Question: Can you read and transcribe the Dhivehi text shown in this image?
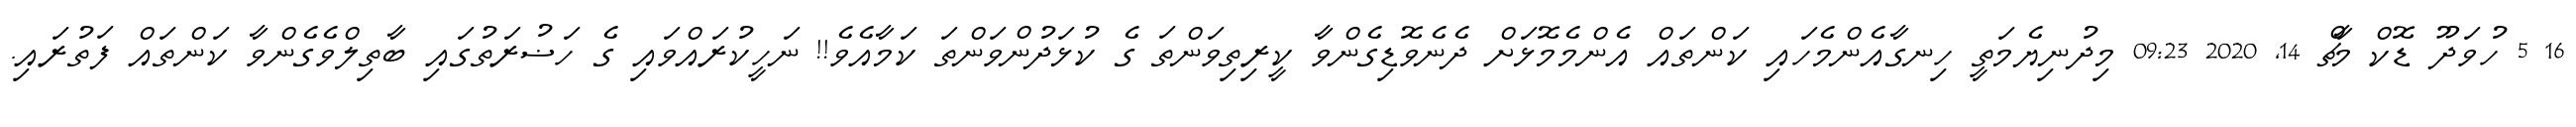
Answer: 16 5 ހުވަދޫ ޑޮކް މާޗް 14, 2020 09:23 މިދުނިޔެމަތީ ހިނގާއެންމެހައި ކަންތައް އެންމެމޮޅަށް ދެނެވޮޑިގެންވާ ކީރިތިވަންތަ ގެ ކުޅަދުންވަންތަ ކަމާއެވެ!! ނަހީކުރައްވައި ގެ ހަޟުރަތުގައި ބާތިލްވެގެންވާ ކަންތައް ފަތުރައި.